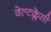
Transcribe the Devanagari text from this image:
वेल्टक्लेसी